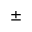
\pm